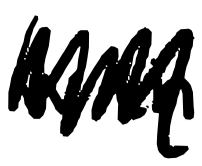
Text: with
Cross-out: scratch
Writing tool: digital_black